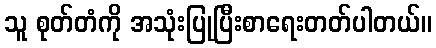
သူ စုတ်တံကို အသုံးပြုပြီးစာရေးတတ်ပါတယ်။